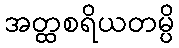
အတ္ထစရိယတမ္ပိ